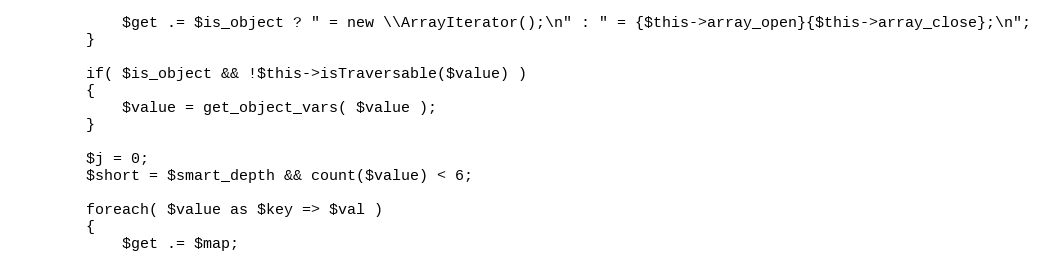
Language: PHP
			$get .= $is_object ? " = new \\ArrayIterator();\n" : " = {$this->array_open}{$this->array_close};\n";
		}

		if( $is_object && !$this->isTraversable($value) )
		{
			$value = get_object_vars( $value );
		}

		$j = 0;
		$short = $smart_depth && count($value) < 6;

		foreach( $value as $key => $val )
		{
			$get .= $map;